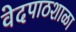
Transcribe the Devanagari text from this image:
वेदपाठशाळा